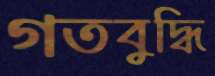
গতবুদ্ধি